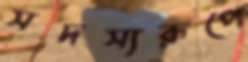
সদস্যরূপে